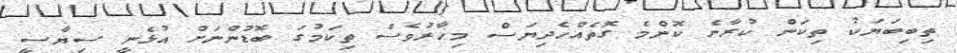
ތިބިބަޔަކު ތިކަން ކުރާނެ ކޮންމެ ގޮތެއްހެދިޔަސް މިހާރުވެސް ތިކަމުގަ ބޮޑުންނަށް އުޅެނީ ސިޔާސީ